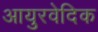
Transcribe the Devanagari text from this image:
आयुरवेदिक